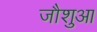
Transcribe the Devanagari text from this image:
जौशुआ